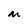
Character: M